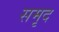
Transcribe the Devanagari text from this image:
समृद